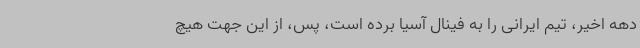
دهه اخیر، تیم ایرانی را به فینال آسیا برده است، پس، از این جهت هیچ